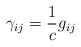
\begin{align*}\gamma_{ij} =\frac{1}{c} g_{ij} \end{align*}